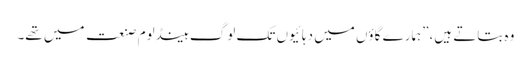
وہ بتاتے ہیں،”ہمارے گاؤں میں دہائیوں تک لوگ ہینڈلوم صنعت میں تھے۔